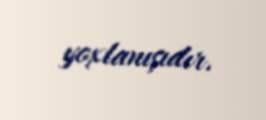
yoxlanışıdır.